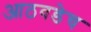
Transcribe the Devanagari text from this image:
आठवडेच